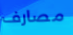
مصارف